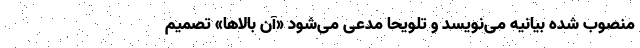
منصوب شده بیانیه می‌نویسد و تلویحاً مدعی می‌شود «آن بالاها» تصمیم